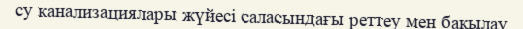
су канализациялары жүйесі саласындағы реттеу мен бақылау